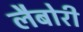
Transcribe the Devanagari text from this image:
लैबोरी